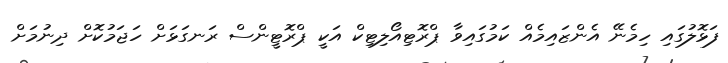
ފަޅޮލުގައި ހިމެނޭ އެންޒައިމެއް ކަމުގައިވާ ޕްރޮޓިއޯލިޓިކް އަކީ ޕްރޮޓީންސް ރަނގަޅަށް ހަޖަމުކޮށް ދިނުމަށް